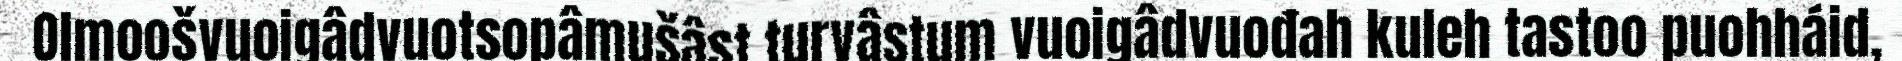
Olmoošvuoigâdvuotsopâmušâst turvâstum vuoigâdvuođah kuleh tastoo puohháid,